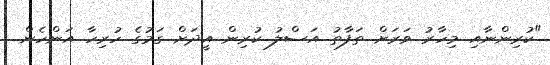
"ކުރިންނާއި މިހާރު ވަރަށް ތަފާތު އަސްލު ކުރިން އީދަށް ގަމުގެ ހުރިހާ އަންހެން